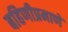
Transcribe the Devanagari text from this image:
बहिणीप्रमाणे